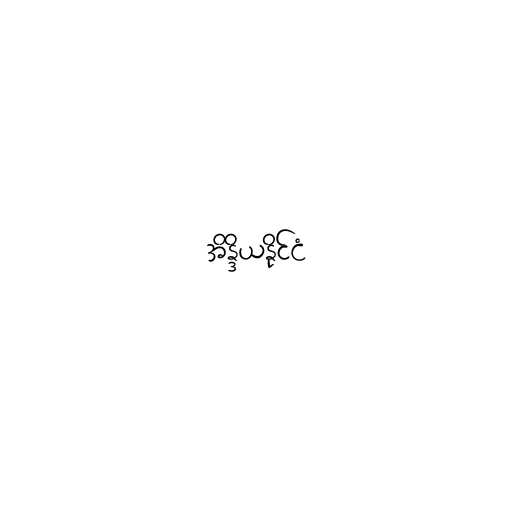
အိန္ဒိယနိုင်ငံ